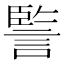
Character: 𧩾